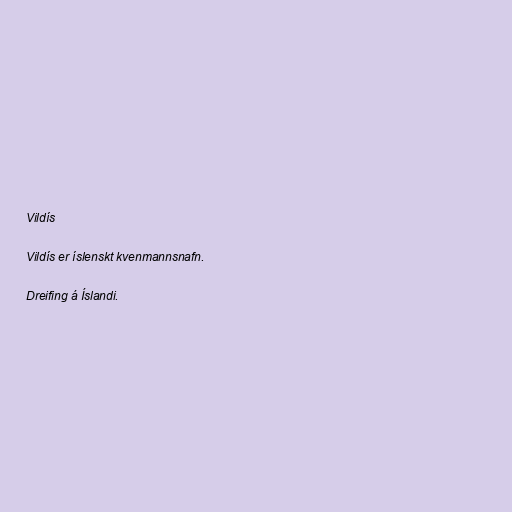
Vildís

Vildís er íslenskt kvenmannsnafn.

Dreifing á Íslandi.